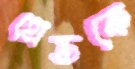
গ্রেডকে